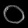
Digit: ၀